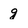
Character: g